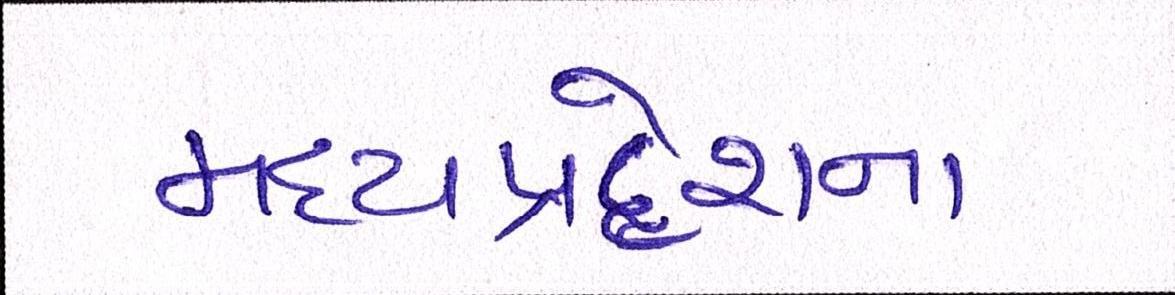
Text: મધ્યપ્રદેશના